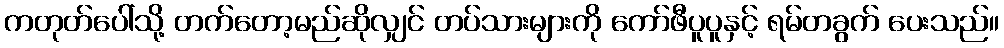
ကတုတ်ပေါ်သို့ တက်တော့မည်ဆိုလျှင် တပ်သားများကို ကော်ဖီပူပူနှင့် ရမ်တခွက် ပေးသည်။